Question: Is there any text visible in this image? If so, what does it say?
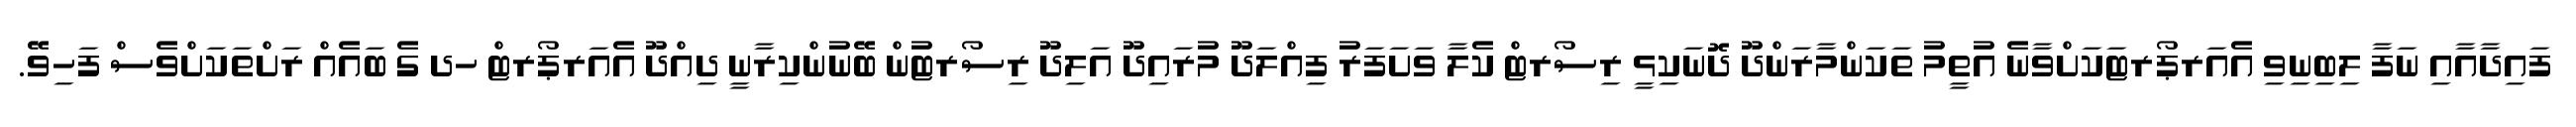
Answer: ފައިދާއާއި ނަފާ ލިބިނިވި އެއަރޕޯރޓަކަށްވާނެ އުތީމު ތަކަންމާރަންދޫ ދޮނަކިޅީ ރިސޯރޓް ކެލާ ވަށަފަރު ފިއްލަދޫ މުރައިދޫ އަލިދޫ ރިސޯރޓުން ބޭނުންކިރާނީ ދިއްދޫ އެއަރޕޯރޓް ހދ ގެ ބައެއް ރަށްތަކަށްވެސް ފަހިވޭ.